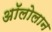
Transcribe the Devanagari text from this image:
अॉलोलान